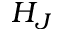
H _ { J }